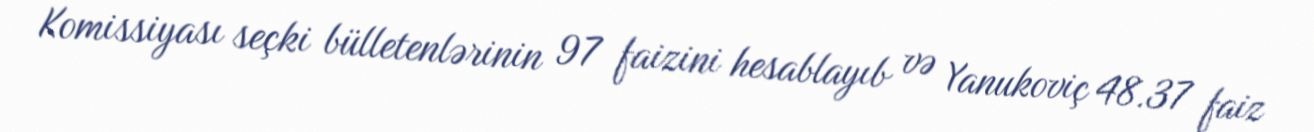
Komissiyası seçki bülletenlərinin 97 faizini hesablayıb və Yanukoviç 48.37 faiz